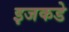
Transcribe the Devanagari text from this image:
इजकडे